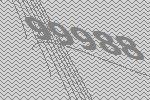
99988